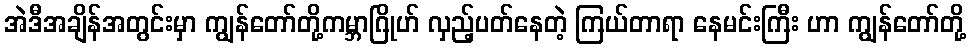
အဲဒီအချိန်အတွင်းမှာ ကျွန်တော်တို့ကမ္ဘာဂြိုဟ် လှည့်ပတ်နေတဲ့ ကြယ်တာရာ နေမင်းကြီး ဟာ ကျွန်တော်တို့